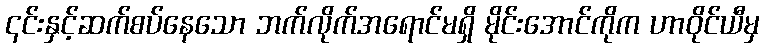
၎င်းနှင့်ဆက်စပ်နေသော ဘက်လိုက်အရောင်မရှိ မိုင်းအောင်ကိုက ဟာဝိုင်ယီမှ